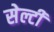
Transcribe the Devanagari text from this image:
सेल्टी